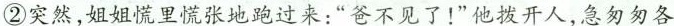
②突然,姐姐慌里慌张地跑过来:“爸不见了!”他拨开人,急匆匆各